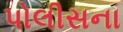
પોલીસના